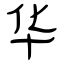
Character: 华